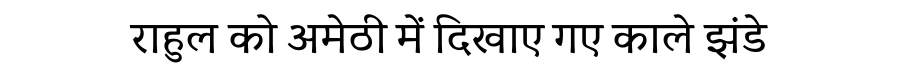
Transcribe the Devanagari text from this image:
राहुल को अमेठी में दिखाए गए काले झंडे